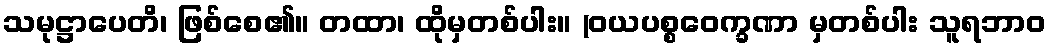
သမုဋ္ဌာပေတိ၊ ဖြစ်စေ၏။ တထာ၊ ထိုမှတစ်ပါး။ (ဝယပစ္စဝေက္ခဏာ မှတစ်ပါး သူရဘာဝ